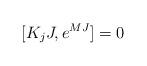
LaTeX: \begin{align*}[K_jJ , e^{MJ}] = 0\end{align*}